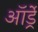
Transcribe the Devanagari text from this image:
ऑर्ड्रे